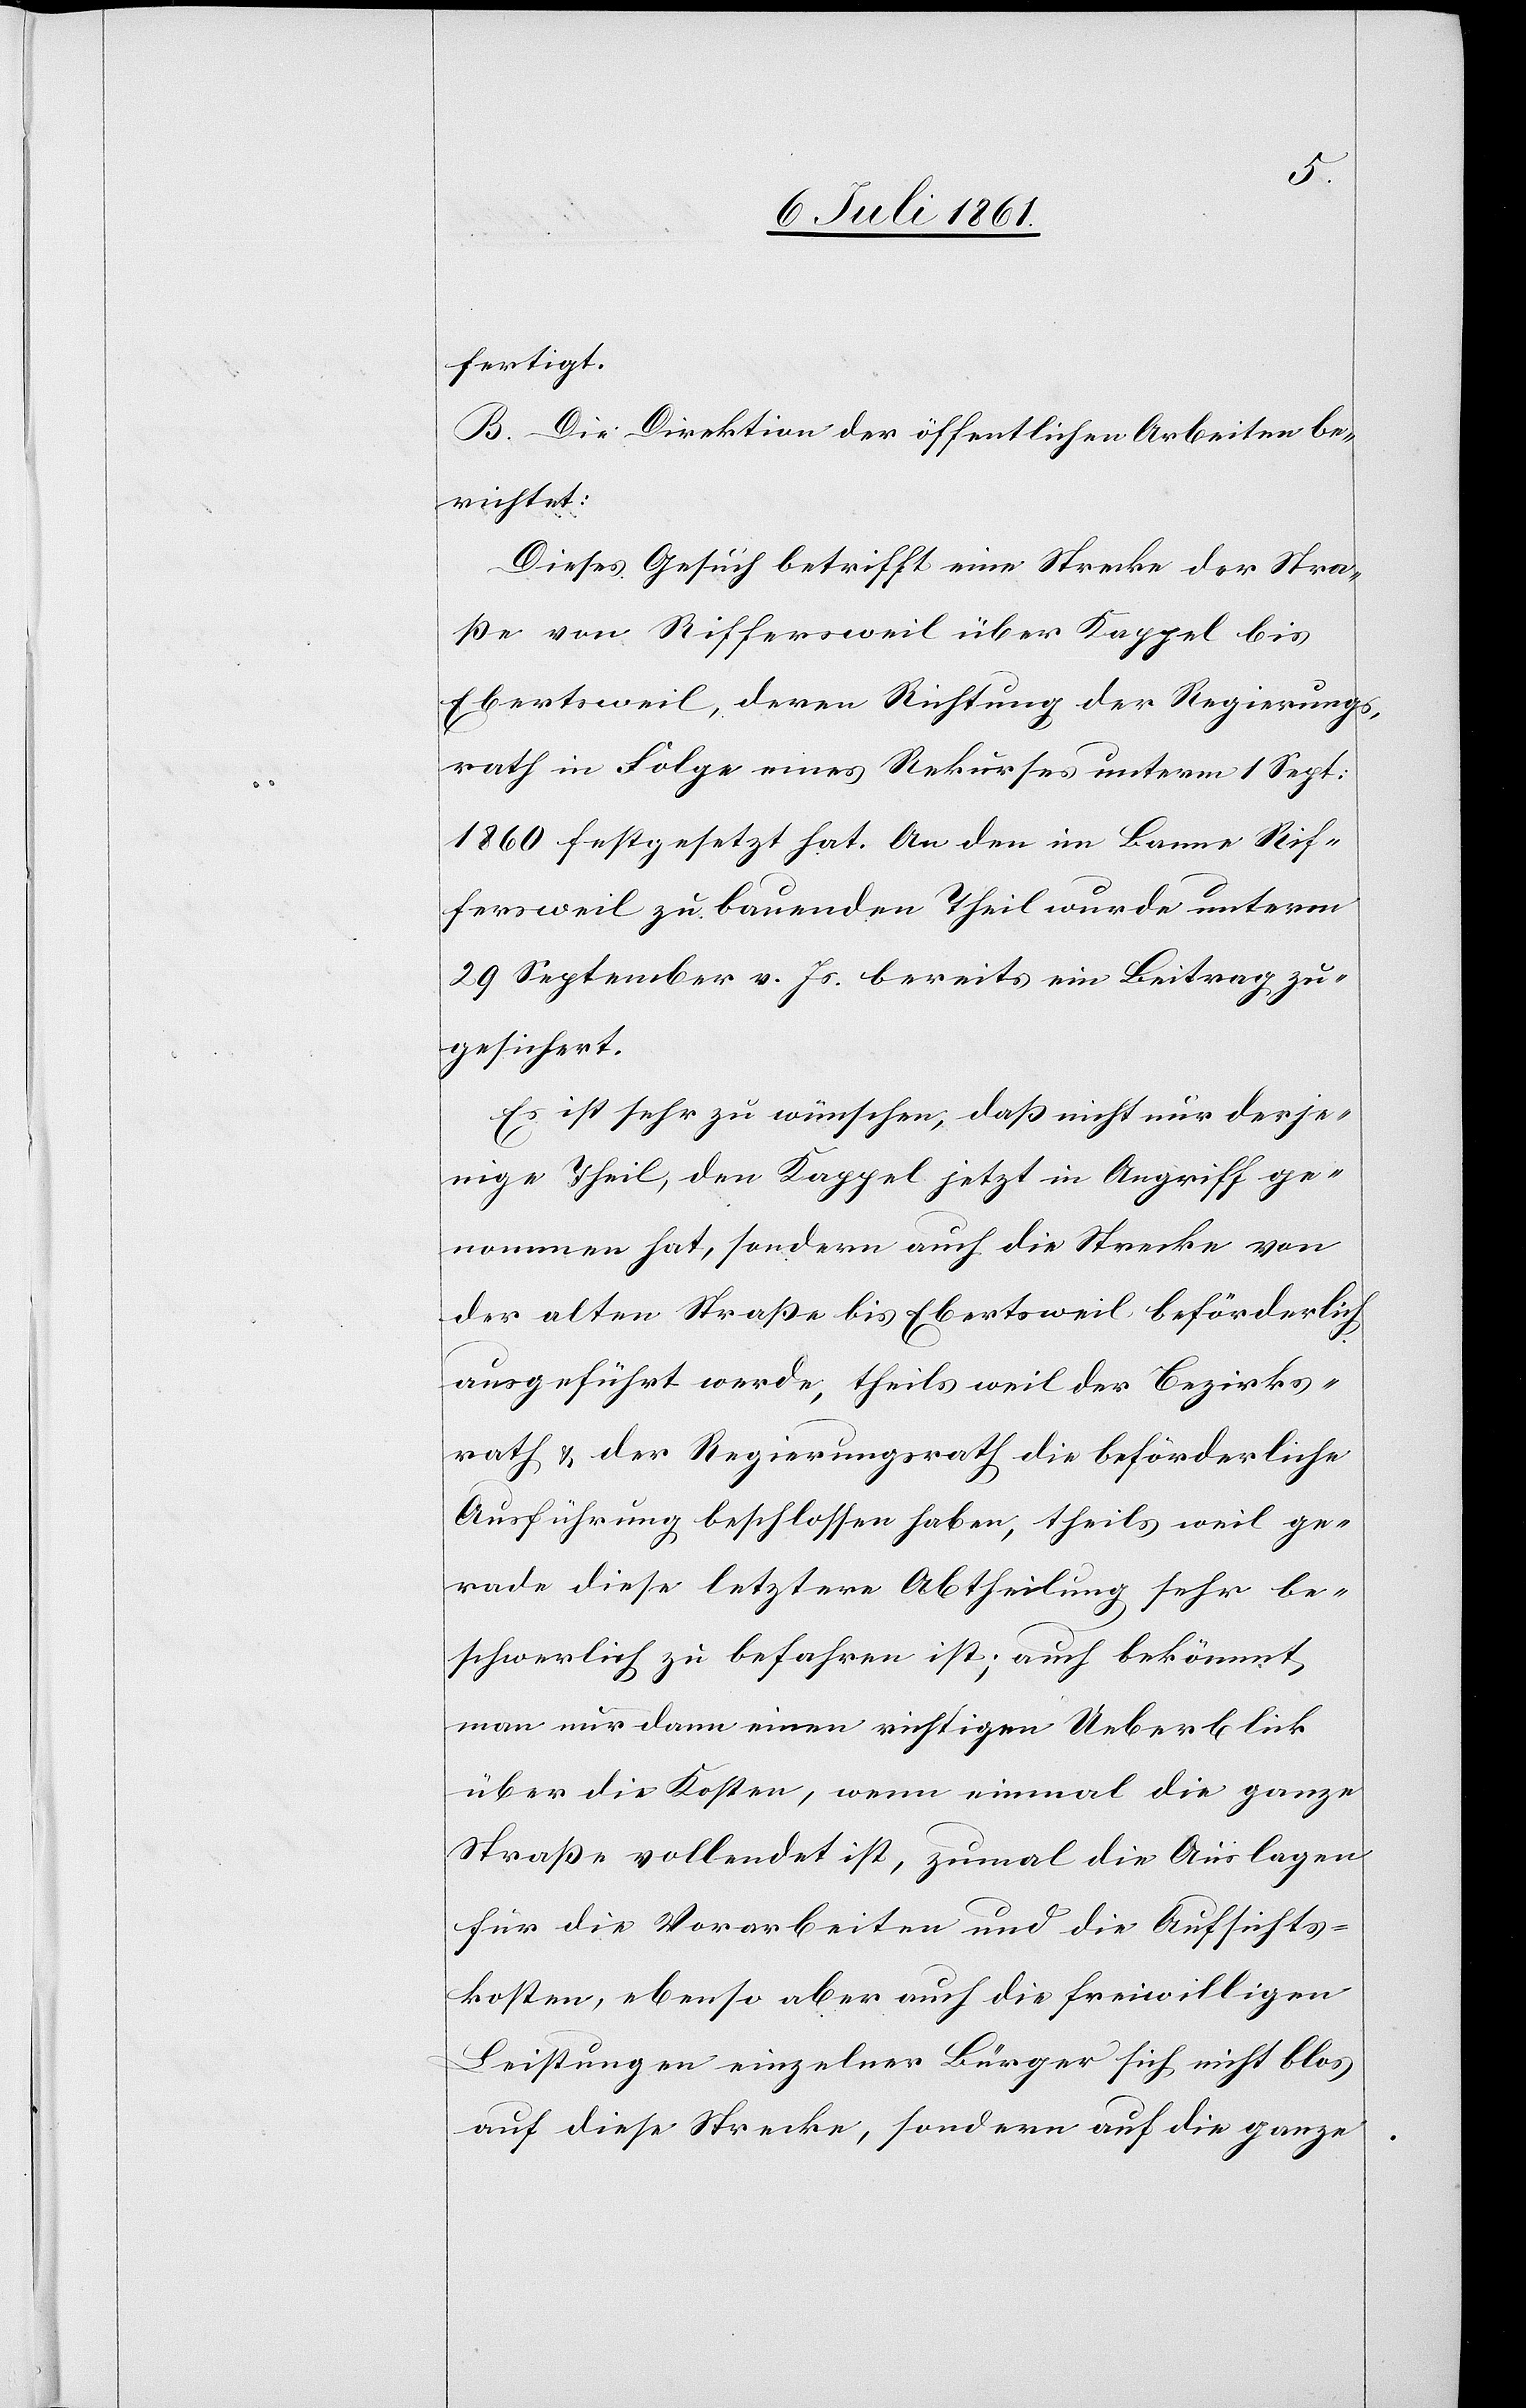
fertigt.
B. Die Direktion der öff. Arbeiten berichtet:
Dieses Gesuch betrifft eine Strecke der Stra¬
ße von Riffersweil über Kappel bis
Ebertsweil, deren Richtung der Regierungs¬
rath in Folge eines Rekurses unterm 1 Sept:
1860 festgesetzt hat. An den im Banne Rif¬
fersweil zu bauenden Theil wurde unterm
29 September v. Js. bereits ein Beitrag zu¬
gesichert.
Es ist sehr zu wünschen, daß nicht nur derje¬
nige Theil, den Kappel jetzt in Angriff ge¬
nommen hat, sondern auch die Strecke von
der alten Straße bis Ebertsweil beförderlich
ausgeführt werde, theils weil der Bezirks¬
rath u. der Regierungsrath die beförderliche
Ausführung beschlossen haben, theils weil ge¬
rade diese letztere Abtheilung sehr be¬
schwerlich zu befahren ist; auch bekömmt
man nur dann einen richtigen Ueberblick
über die Kosten, wenn einmal die ganze
Straße vollendet ist, zumal die Auslagen
für die Vorarbeiten und die Aufsichts¬
kosten, ebenso aber auch die freiwilligen
Leistungen einzelner Bürger sich nicht blos
auf diese Strecke, sondern auf die ganze